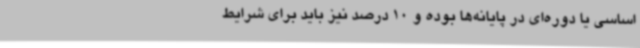
اساسی یا دوره‌ای در پایانه‌ها بوده و 10 درصد نیز باید برای شرایط